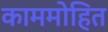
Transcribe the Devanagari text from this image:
काममोहित